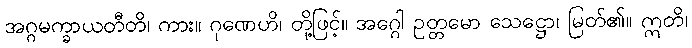
အဂ္ဂမက္ခာယတီတိ၊ ကား။ ဂုဏေဟိ၊ တို့ဖြင့်။ အဂ္ဂေါ ဥတ္တမော သေဋ္ဌော၊ မြတ်၏။ ဣတိ၊